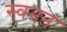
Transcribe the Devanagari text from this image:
स्वनन